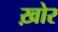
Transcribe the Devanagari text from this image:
ख़ोर